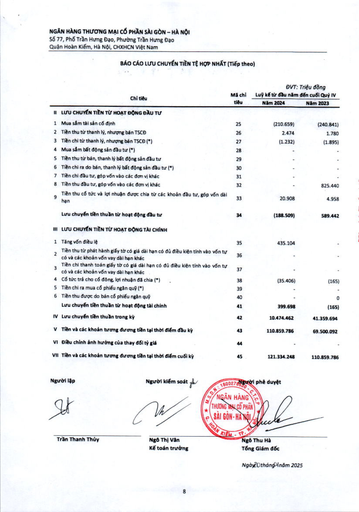
|Chi tiêu|Mã chi|ĐVT: Lũy kế từ đầu năm|Triệu đồng đến cuối Quý IV| |---|---|---|---| ||Tiêu|Năm 2024|Năm 2023| |II LƯU CHUYỂN TIỀN TỪ HOẠT ĐỘNG ĐẦU TƯ|||| |1 Mua sắm tài sản cố định|25|(210.659)|(240.841)| |2 Tiền thu từ thanh lý, nhượng bán TSCĐ|26|2.474|1.780| |3 Tiền chi từ thanh lý, nhượng bán TSCĐ (*)|27|(1.232)|(1.895)| |4 Mua sắm bất động sản đầu tư (*)|28|-|-| |5 Tiền thu từ bán, thanh lý bất động sản đầu tư|29|-|-| |6 Tiền chi ra do bán, thanh lý bất động sản đầu tư (*)|30|-|-| |7 Tiền chi đầu tư, góp vốn vào các đơn vị khác|31|-|| |8 Tiền thu đầu tư, góp vốn vào các đơn vị khác|32|-|825.440| |9 Tiền thu cổ tức và lợi nhuận được chia từ các khoản đầu tư, góp vốn dài hạn|33|20.908|4.958| |Lưu chuyển tiền thuần từ hoạt động đầu tư|34|(188.509)|589.442| |III LƯU CHUYỂN TIỀN TỪ HOẠT ĐỘNG TÀI CHÍNH|||| |1 Tăng vốn điều lệ|35|435.104|| |2 Tiền thu từ phát hành giấy tờ có giá dài hạn có đủ điều kiện tính vào vốn tự có và các khoản vốn vay dài hạn khác|36|-|-| |3 Tiền chi thanh toán giấy tờ có giá dài hạn có đủ điều kiện tính vào vốn tự có và các khoản vốn vay dài hạn khác|37|-|| |4 Cổ tức trả cho cổ đông, lợi nhuận đã chia (*)|38|(35.406)|(165)| |5 Tiền chi ra mua cổ phiếu ngân quỹ (*)|39|-|| |6 Tiền thu được do bán cổ phiếu ngân quỹ|40|-|0| |Lưu chuyển tiền thuần từ hoạt động tài chính|41|399.698|(165)| |IV Lưu chuyển tiền thuần trong kỳ|42|10.474.462|41.359.694| |V Tiền và các khoản tương đương tiền tại thời điểm đầu kỳ|43|110.859.786|69.500.092| |VI Điều chỉnh ảnh hưởng của thay đổi tỷ giá|44||| |VII Tiền và các khoản tương đương tiền tại thời điểm cuối kỳ|45|121.334.248|110.859.786|